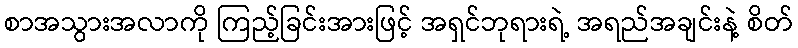
စာအသွားအလာကို ကြည့်ခြင်းအားဖြင့် အရှင်ဘုရားရဲ့ အရည်အချင်းနဲ့ စိတ်